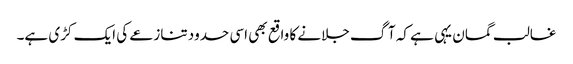
غالب گمان یہی ہے کہ آگ جلانے کا واقع بھی اسی حدود تنازعے کی ایک کڑی ہے۔